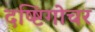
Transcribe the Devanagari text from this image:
दष्ष्टिगोचर